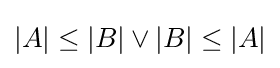
|A|\leq |B|\vee |B|\leq |A|